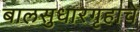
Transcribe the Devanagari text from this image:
बालसुधारगृहाचे